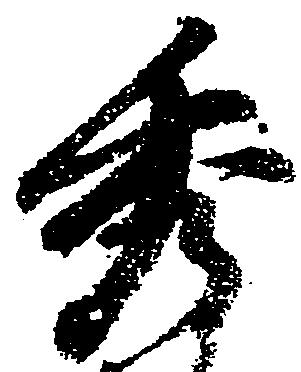
秀